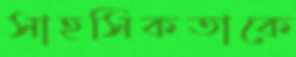
সাহসিকতাকে